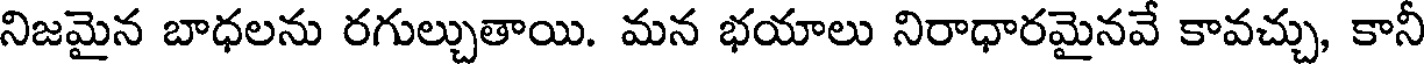
నిజమైన బాధలను రగుల్చుతాయి. మన భయాలు నిరాధారమైనవే కావచ్చు, కానీ